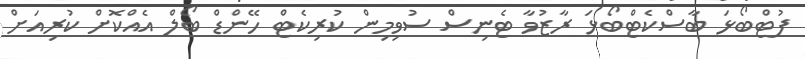
ފުޓްބޯޅަ ބާސްކެޓްބޯޅަ ރާޒުވާ ޓެނިސް ސުވިމިން ކުރިކެޓް ހޭންޑް ބޯލް އެއްކޮށް ކުރިއަށް